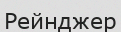
Рейнджер